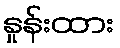
နှုန်းထား